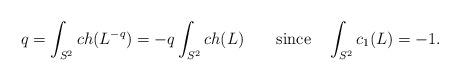
LaTeX: \begin{align*}q=\int_{S^2}ch(L^{-q})=-q\int_{S^2}ch(L)\qquad\hbox{since}\quad \int_{S^2}c_1(L)=-1.\end{align*}